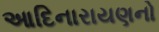
આદિનારાયણનો